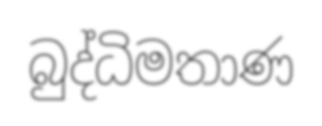
බුද්ධිමතාණ